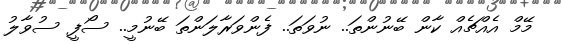
މޭމް އެއްޗެއް ކާން ބޭނުންތަ.. ނުވަތަ.. ފެންވަރާލަންތަ ބޭނުމީ.. ސޯފީ ސުވާލު